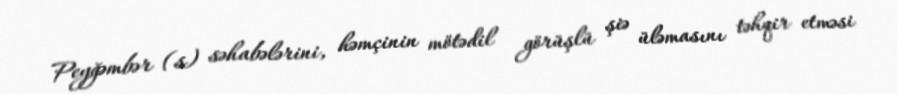
Peyğəmbər (s) səhabələrini, həmçinin mötədil görüşlü şiə üləmasını təhqir etməsi